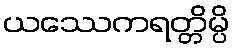
ယဿေကရတ္တိမ္ပိ